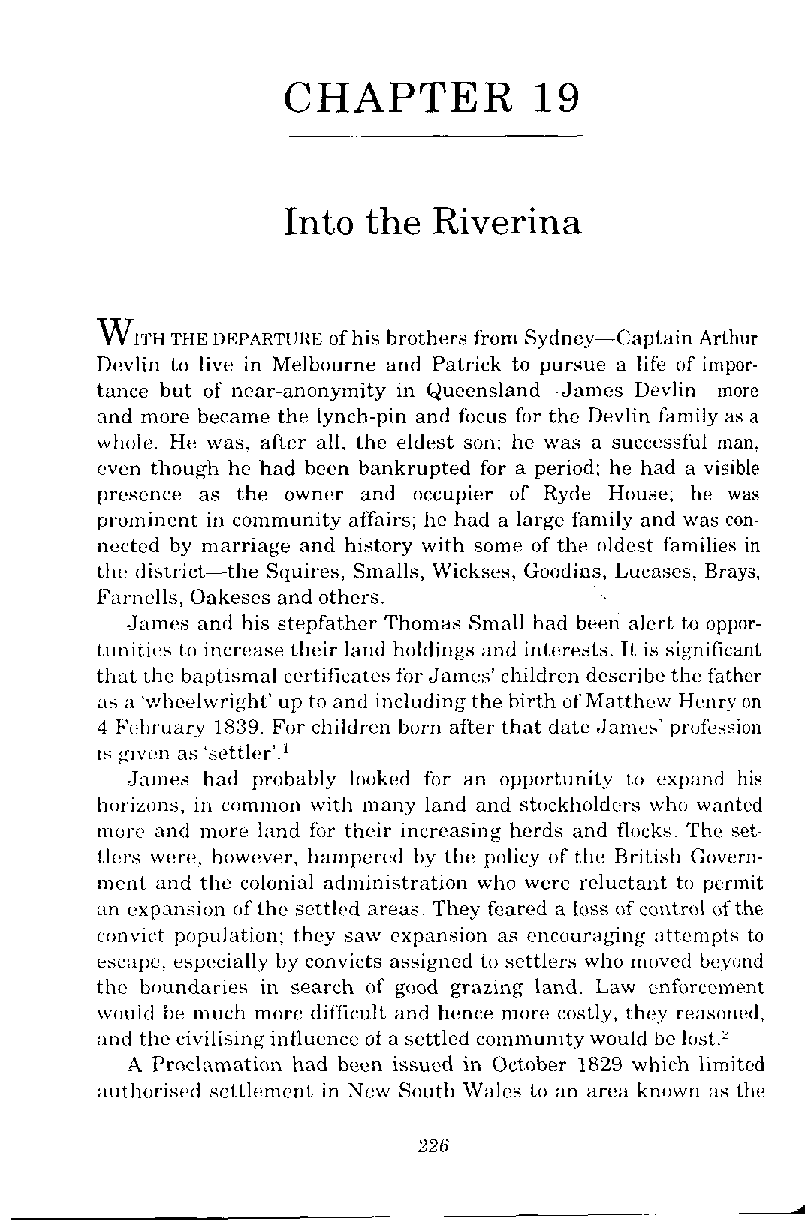
CHAPTER         19
 Into the  Riverina
 Wlw
 THE UICPARTURIS of his brothers fimn Sydney-Captain Arthur
 Devlin to live in Melbourne and Patrick to pursue a life of impor-
 tance but of near-anonymity in Quecnsland-James Devlin more
 and more became the lynch-pin and fi~cusf or the Devlin family as a
 whole. He was. after all. the eldest son: he was a successful man.
 wen though he had hccn bankrupted for a period; he had a visible
 presence as the owner and occupier of Ryde House; he was
 prominent in community affairs; he had a large fanlily and was con-
 nected by marriage and history with some of the uldest fjmilies in
 the district-the Squires, Smalls, Wickses, Goodins, Lucascs, Brays,
 Farnclls, Oakeses and others.
 James and his stepfather Thomas Small had been alert to oppor-
 tunities to increase their land holdings and interests. It is significant
 that the baptismal certificates fijr James' children describe thc: father
 as ;I 'wheelwrighl' up to and including the birth uf Matthew Hv~~orny
 4 E'~.bruury1 839. For children bum after that date .James' prufkssion
 is glvm as 'settler'.'
 James had probably looked fbr an opportunity to expand his
 horizr~ns,i n crmmon with many land and stockholdtrs who wanted
 more and mure land fin- their increasing herds and flocks. Thc sct-
 tlors were, however, harnpcrcd by the policy of the British Govern-
 ment and the colonial adrninistration who were reluctant to permit
 ;in c~xpansiono f thc scttld areas. They tirared a loss of control of'thr
 cr~nvictp opulation; they saw expansion as encoura&ing attempts to
 escape, especially by convicts assigned tu settlers who moved bc:yond
 the boundaries in search of gnod grazing land. Law enfixcement
 \viiuid be much rn[~red ifficult and hence more costly, they reasrmrd.
 and the civilising influence of a settled community would be lust.'
 A Proclamation had been issued in October 1829 which limited
 ;~uthorist~sdet tlement in Ncw South Wales to an area known as the